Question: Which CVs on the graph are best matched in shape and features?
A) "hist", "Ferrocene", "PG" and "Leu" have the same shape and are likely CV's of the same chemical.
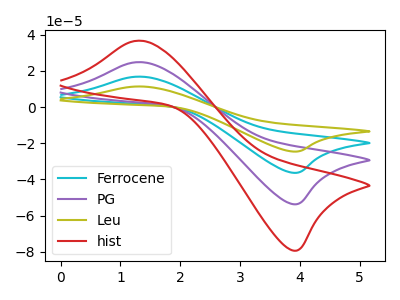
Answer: <think>The cyan curve "Ferrocene" has an anodic peak at (1.30V, 49.60uA) and a cathodic peak at (3.95V, -107.35uA). The purple curve "PG" has an anodic peak at (1.30V, 24.80uA) and a cathodic peak at (3.95V, -53.65uA). The olive curve "Leu" has an anodic peak at (1.30V, 74.45uA) and a cathodic peak at (3.95V, -161.00uA). The red curve "hist" has an anodic peak at (1.30V, 36.65uA) and a cathodic peak at (3.95V, -79.30uA).
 All the peaks in "Ferrocene" have a peak in "PG" at the same potential. Every peak in "Ferrocene" is higher than every peak in "PG". All the peaks in "Ferrocene" have a peak in "Leu" at the same potential. Every peak in "Ferrocene" is lower than every peak in "Leu". All the peaks in "Ferrocene" have a peak in "hist" at the same potential. Every peak in "Ferrocene" is higher than every peak in "hist". All the peaks in "PG" have a peak in "Leu" at the same potential. Every peak in "PG" is lower than every peak in "Leu". All the peaks in "PG" have a peak in "hist" at the same potential. Every peak in "PG" is lower than every peak in "hist". All the peaks in "Leu" have a peak in "hist" at the same potential. Every peak in "Leu" is higher than every peak in "hist".</think>
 <answer>A) "hist", "Ferrocene", "PG" and "Leu" have the same shape and are likely CV's of the same chemical.</answer>
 <eval>A</eval>